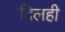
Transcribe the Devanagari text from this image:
दिलही